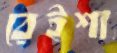
রেইশা